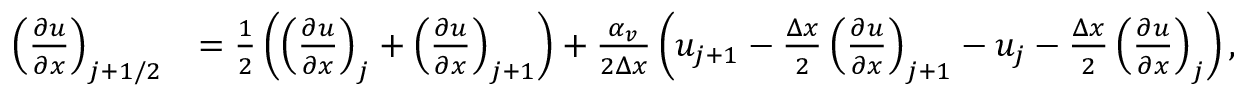
\begin{array} { r l } { \left( \frac { \partial u } { \partial x } \right) _ { j + 1 / 2 } } & { = \frac { 1 } { 2 } \left( \left( \frac { \partial u } { \partial x } \right) _ { j } + \left( \frac { \partial u } { \partial x } \right) _ { j + 1 } \right) + \frac { \alpha _ { v } } { 2 \Delta x } \left( u _ { j + 1 } - \frac { \Delta x } { 2 } \left( \frac { \partial u } { \partial x } \right) _ { j + 1 } - u _ { j } - \frac { \Delta x } { 2 } \left( \frac { \partial u } { \partial x } \right) _ { j } \right) , } \end{array}